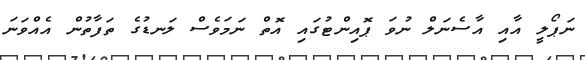
ނަޕޯލީ އާއި އާސެނަލް ނުވަ ޕޮއިންޓުގައި އޮތް ނަމަވެސް ލަނޑުގެ ތަފާތުން އެއްވަނަ